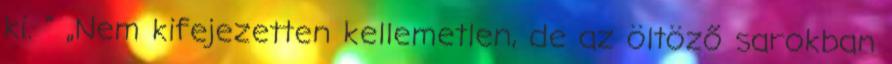
ki. ” „Nem kifejezetten kellemetlen, de az öltöző sarokban